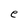
Character: e